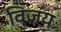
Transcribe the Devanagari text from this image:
विजयः